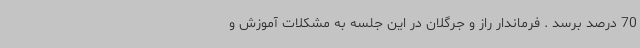
70 درصد برسد . فرماندار راز و جرگلان در این جلسه به مشکلات آموزش و